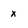
Character: x